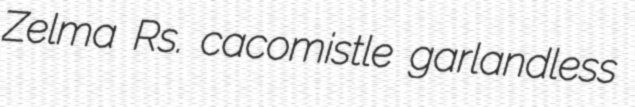
Zelma Rs. cacomistle garlandless